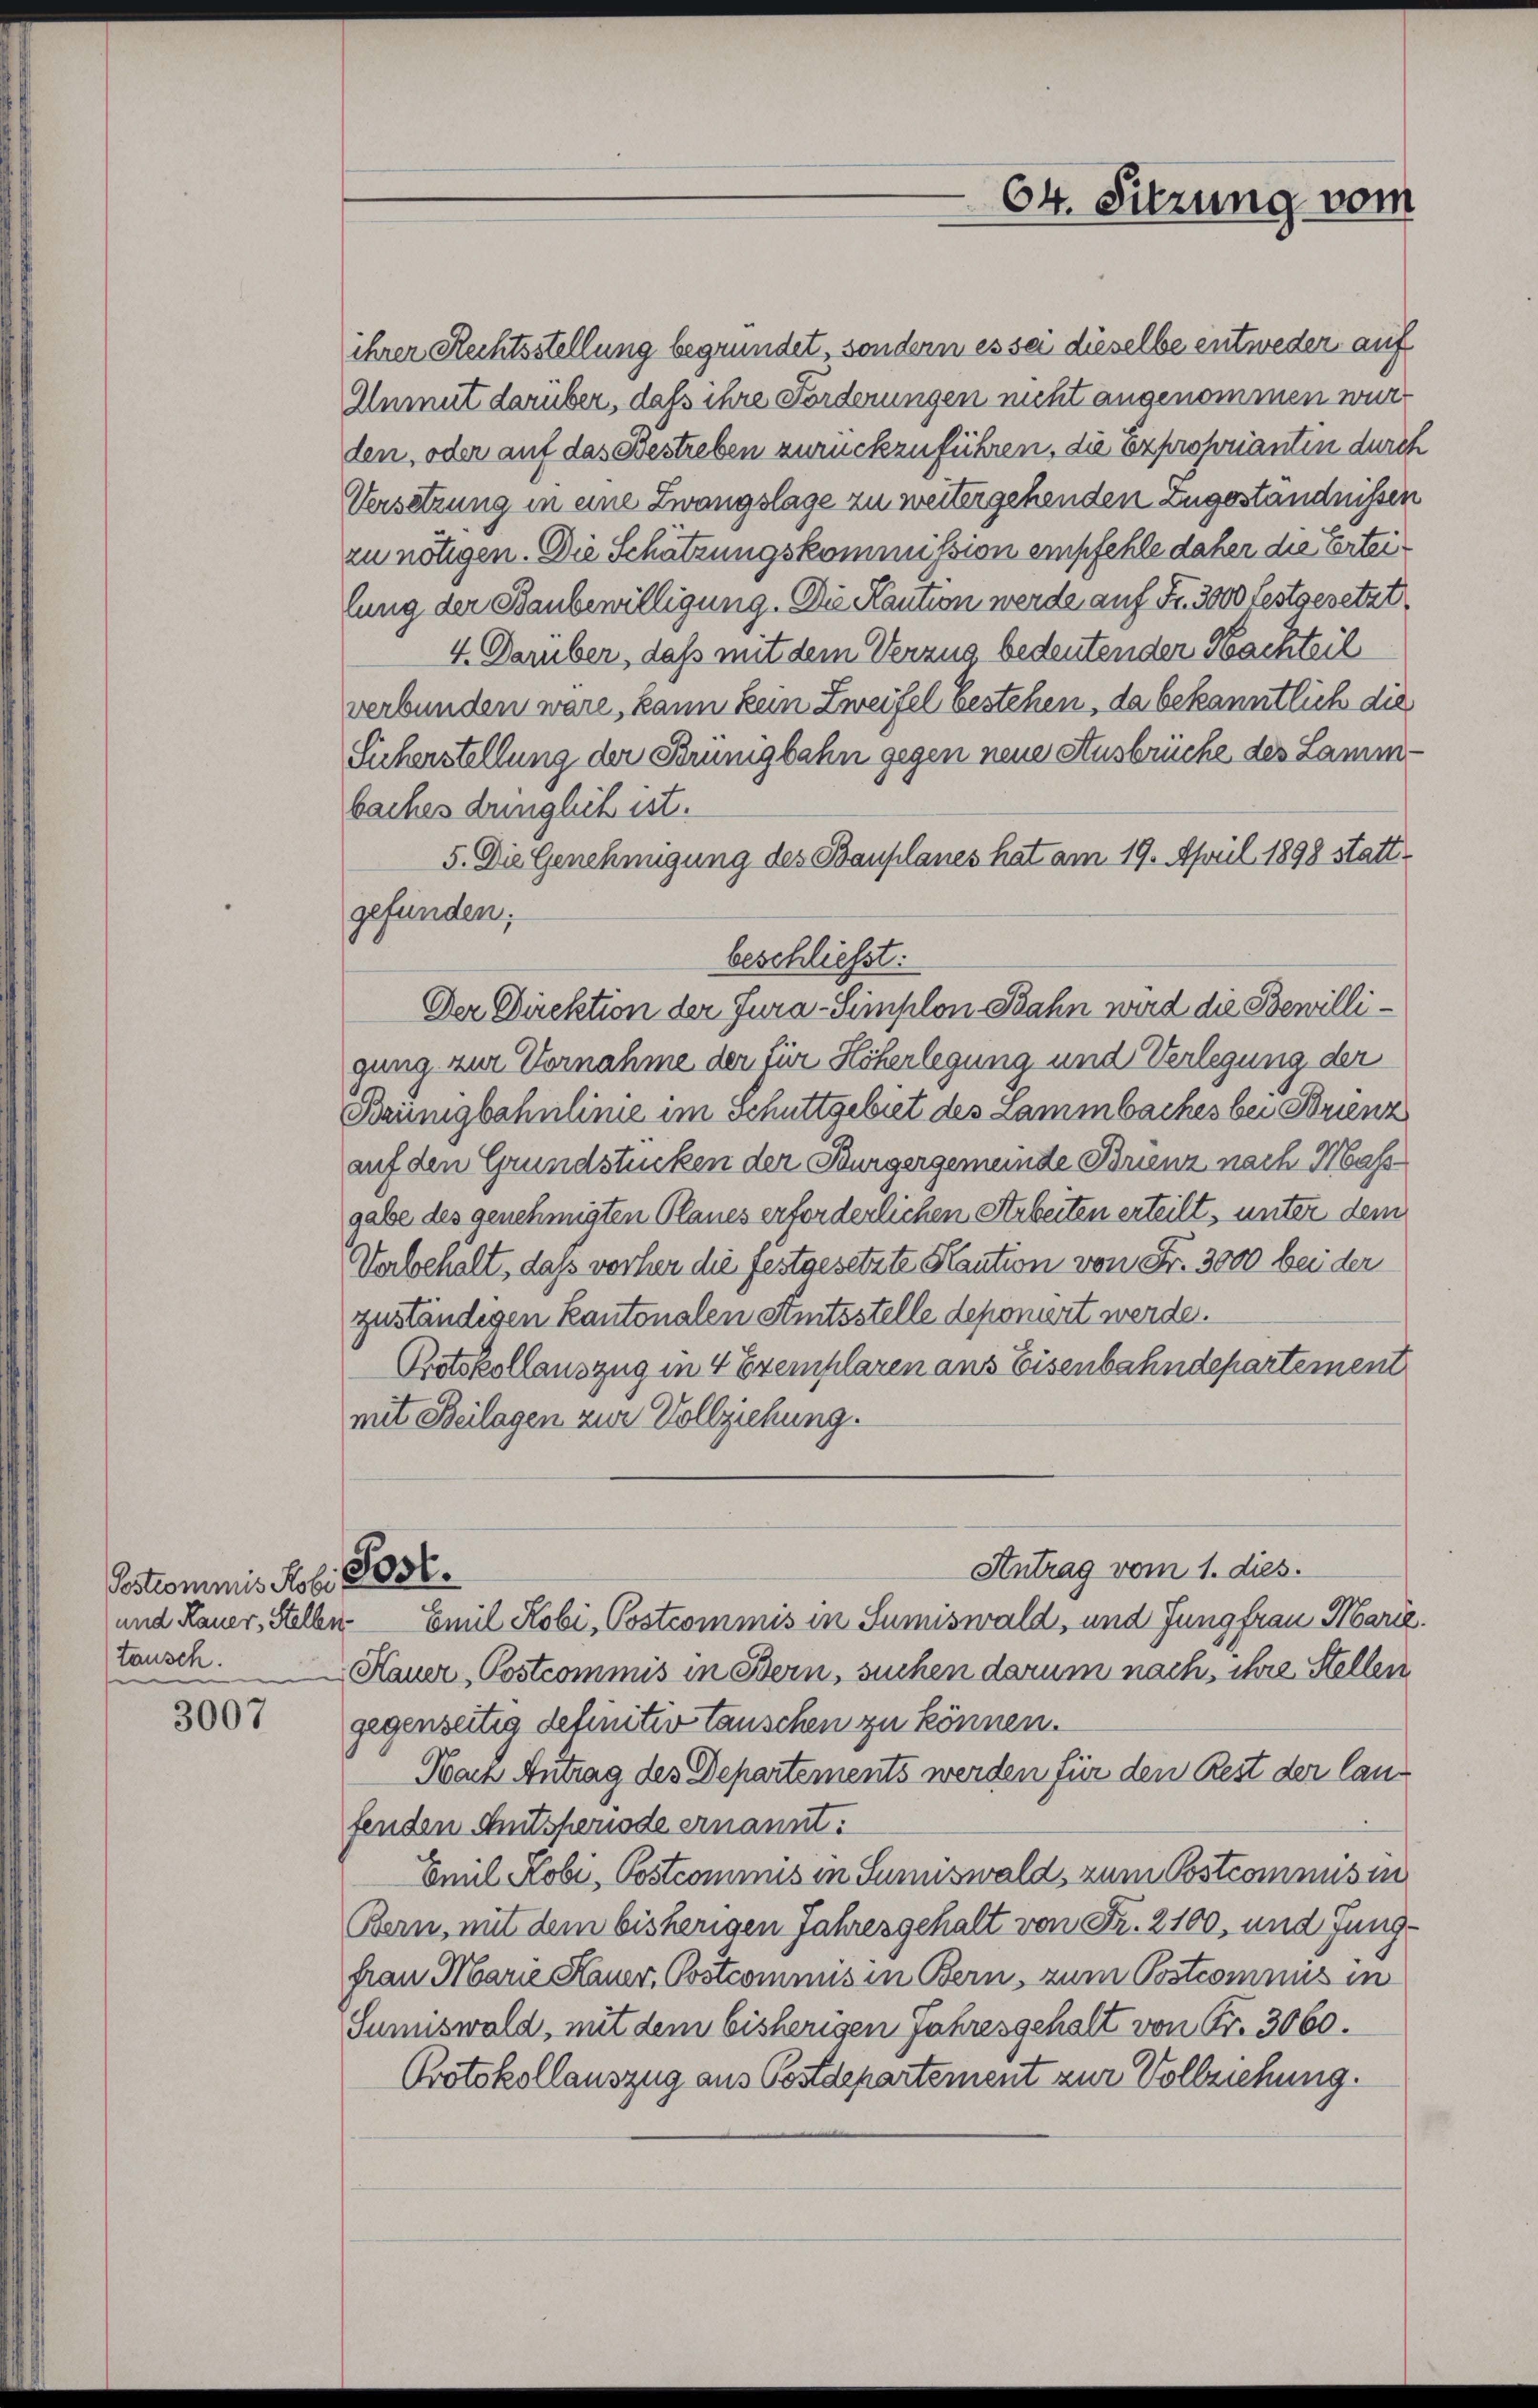
Postcommis Rohr Post.
und Rauer, Stellen
tausch.

3007

ihrer Rechtsstellung begründet, sondern es sei dieselbe entweder auf
Anmut darüber, daß ihre Forderungen nicht angenommen wurden, oder auf das Bestreben zurückzuführen, die Exproponianten durch
Versetzung in eine Zwangslage zu weitergehenden zugeständnissen
zu nötigen. Die Schatzungskommission empfehle daher die Erteilung der Baubewilligung. Die Kaution werde auf Fr. 3000 festgesetzt
4. Darüber, daß mit dem Verzug bedeutender Nachteil
verbunden wäre, kann kein Zweifel bestehen, da bekanntlich die
Sucherstellung der Brünigbahn gegen neue Ausbrüche des Lammbaches dinglich ist.
5. Die Genehmigung des Bauplanes hat am 19. April 1898 stattgefunden.
beschließt:
Der Direktion der Jura-Simplon Bahn wird die Bewilligung zur Vornahme der für Höherlegung und Verlegung der
Baünigbahnlinie im Schuttgebiet des Lammbaches bei Brienz
auf den Grundstücken der Burgergemeinde Brienz nach Mass
gabe des genehmigten Planes erforderlichen Arbeiten erteilt, unter dem
Vorbehalt, daß vorher die festgesetzte Kaution von Fr. 3000 bei der
zuständigen Kantonalen Amtsstelle deponiert werde.
Protokollauszug in 4 Exemplaren ans Eisenbahndepartement
mit Beilagen zur Vollziehung.
Antrag vom 1. dies.
 Emil Kobi, Postcommis in Sumiswald, und Jungfrau Marie.
Hauer Postcommis in Bern, suchen darum nach, ihre Stellen
gegenseitig definitiv tauschen zu können.
Nach Antrag des Departements werden für den Rest der lang
fenden Amtsperiode ernannt:
Emil Kobi, Postcommis in Sumiswald, zum Postcomnus in
Bern, mit dem bisherigen Jahresgehalt von Fr. 2100, und Jungfrau Marie Hauer, Postcomnus in Bern, zum Postcommis in
Sumiswald, mit dem bisherigen Jahresgehalt von Fr. 3060.
Protokollauszug aus Postdepartement zur Vollziehung.

64. Sitzung vom